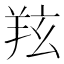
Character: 𦍫